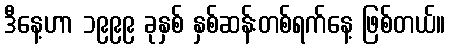
ဒီနေ့ဟာ ၁၉၉၉ ခုနှစ် နှစ်ဆန်းတစ်ရက်နေ့ ဖြစ်တယ်။